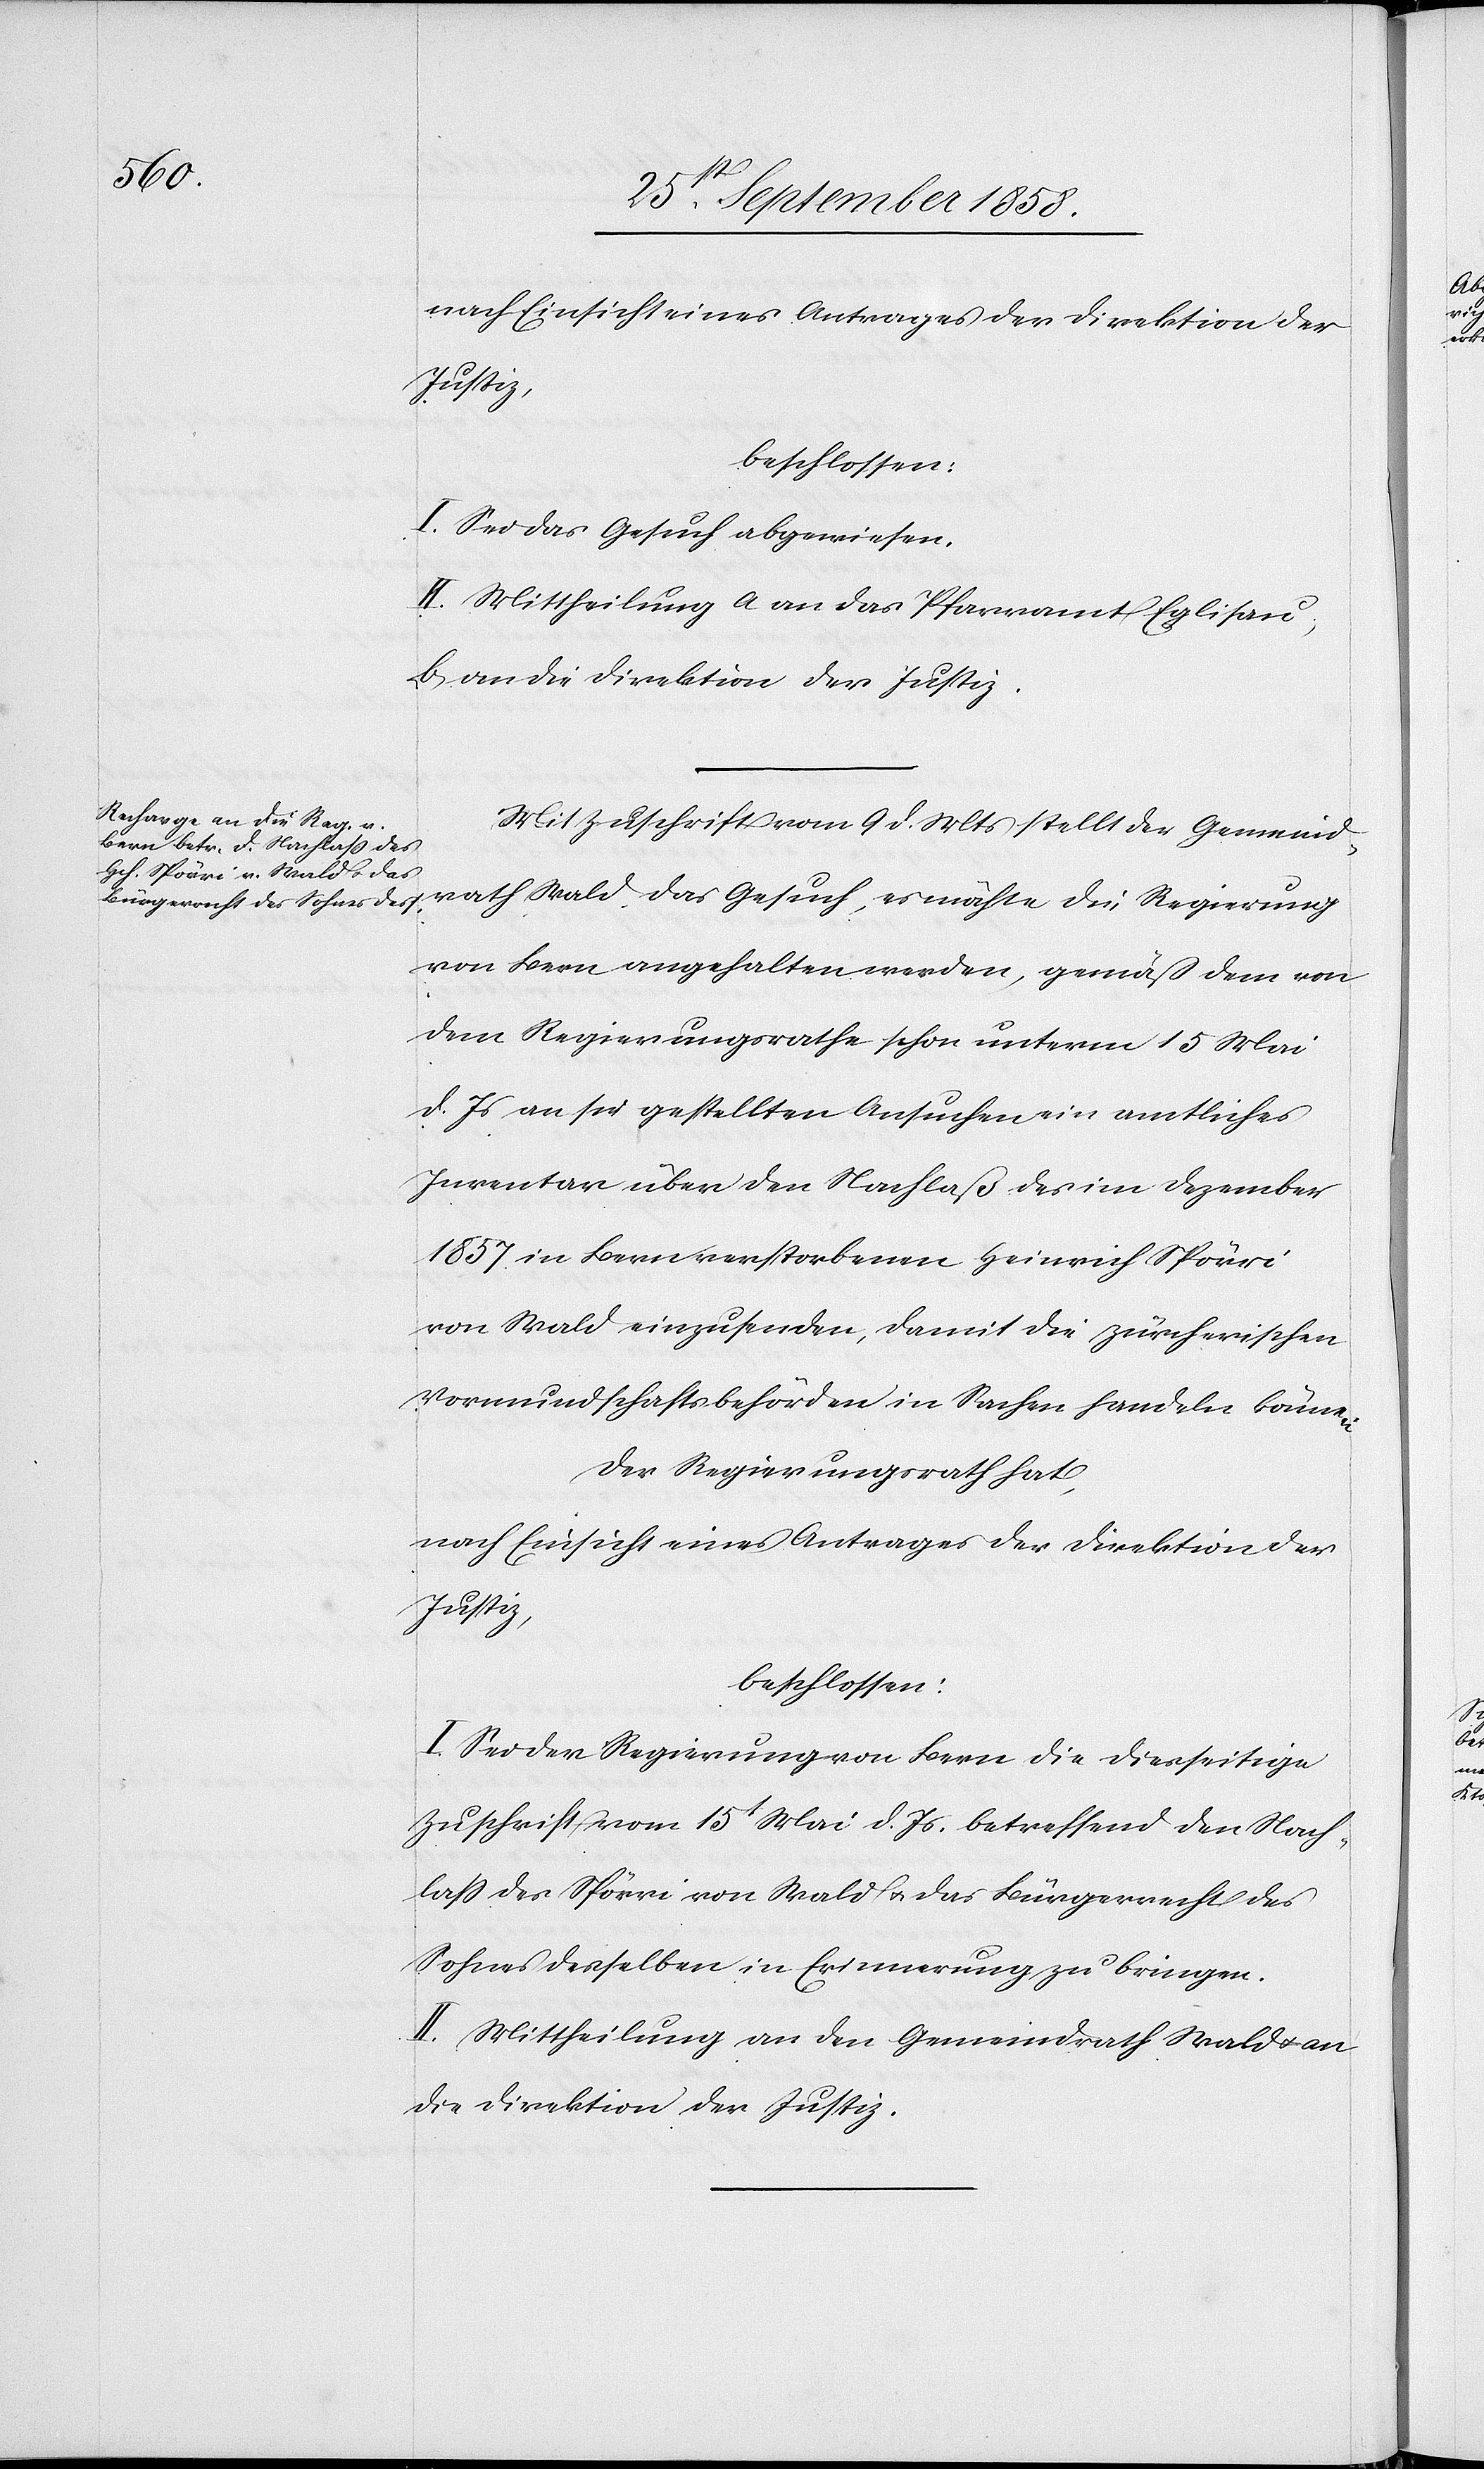
nach Einsicht eines Antrages der Direktion der
Justiz,
beschlossen:
I. Sei das Gesuch abgewiesen.
II. Mittheilung a) an das Pfarramt Eglisau;
b) an die Direktion der Justiz.
Mit Zuschrift vom 9 d. Mts stellt der Gemeind¬
rath Wald das Gesuch, es möchte die Regierung
von Bern angehalten werden, gemäß dem von
dem Regierungsrathe schon unterm 15 Mai
d. Js an sie gestellten Ansuchen ein amtliches
Inventar über den Nachlaß des im Dezember
1857 in Bern verstorbenen Heinrich Spörri
von Wald einzusenden, damit die zürcherischen
Vormundschaftsbehörden in Sachen handeln können.
Der Regierungsrath hat,
I. Sei der Regierung von Bern die diesseitige
Zuschrift vom 15t Mai d. Js. betreffend den Nach¬
lass des Spörri von Wald & das Bürgerrecht des
Sohnes desselben in Erinnerung zu bringen.
II. Mittheilung an den Gemeindrath Wald & an
die Direktion der Justiz.